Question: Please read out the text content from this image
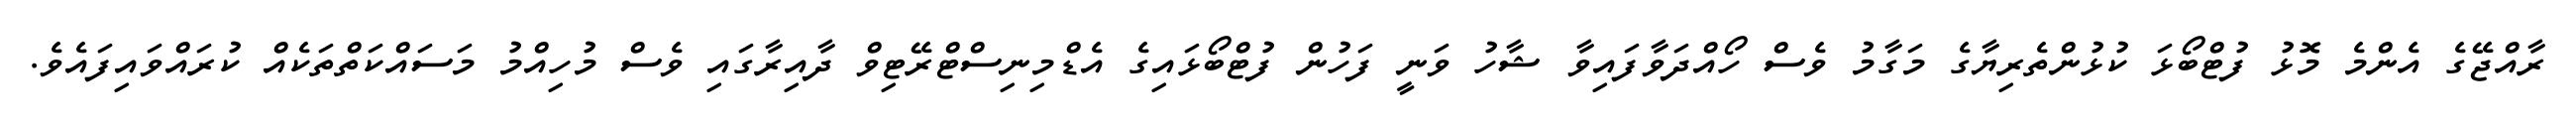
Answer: ރާއްޖޭގެ އެންމެ މޮޅު ފުޓްބޯޅަ ކުޅުންތެރިޔާގެ މަގާމު ވެސް ހޯއްދަވާފައިވާ ޝާހު ވަނީ ފަހުން ފުޓްބޯޅައިގެ އެޑްމިނިސްޓްރޭޓިވް ދާއިރާގައި ވެސް މުހިއްމު މަސައްކަތްތަކެއް ކުރައްވައިފައެވެ.